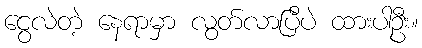
ငွေလဲတဲ့ နေရာမှာ လွတ်လာပြီပဲ ထားပါဦး။